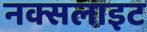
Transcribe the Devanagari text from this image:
नक्सलाइट